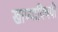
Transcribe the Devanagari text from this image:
खाण्याविषयी